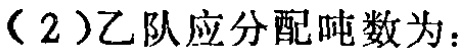
（2）乙队应分配吨数为：